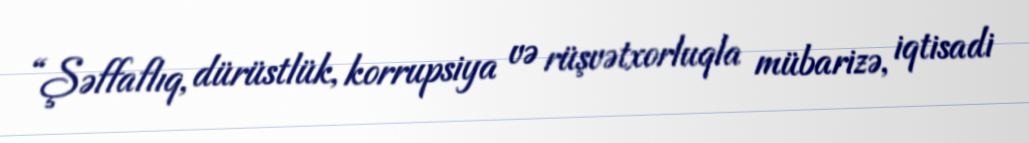
“Şəffaflıq, dürüstlük, korrupsiya və rüşvətxorluqla mübarizə, iqtisadi